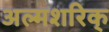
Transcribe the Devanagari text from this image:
अल्मशरिक्